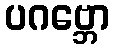
ပဂဗ္ဘော